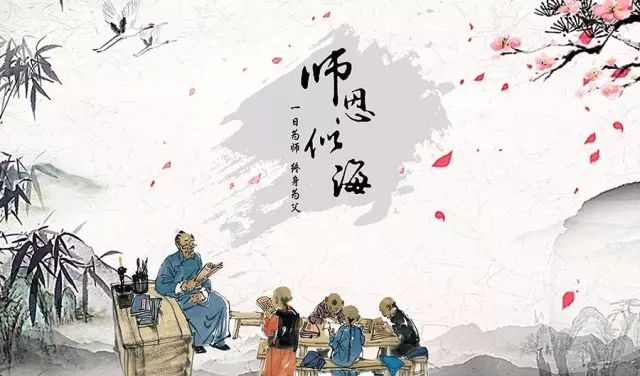
春蚕到死丝方尽，蜡炬成灰泪始干。